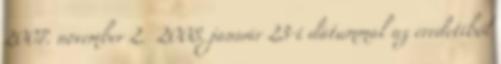
2007. november 2. 2008. január 23-i dátummal az eredetiből